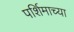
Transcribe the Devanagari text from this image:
पर्शिमाच्या